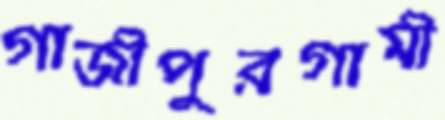
গাজীপুরগামী